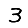
Digit: 3